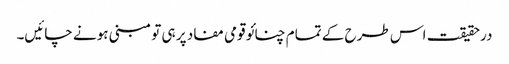
درحقیقت اس طرح کے تمام چنائو قومی مفاد پر ہی تو مبنی ہونے چائیں۔